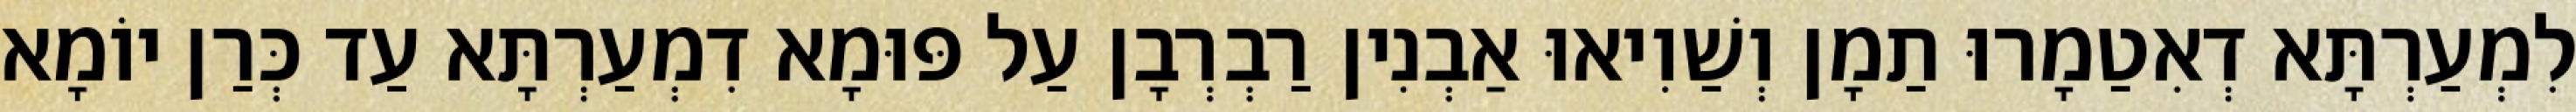
לִמְעַרְתָּא דְאִטַמָרוּ תַמָן וְשַׁוִיאוּ אַבְנִין רַבְרְבָן עַל פּוּמָא דִמְעַרְתָּא עַד כְּרַן יוֹמָא